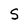
Character: S